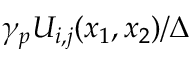
\gamma _ { p } U _ { i , j } ( x _ { 1 } , x _ { 2 } ) / \Delta